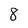
Character: 8